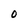
Character: 0